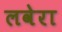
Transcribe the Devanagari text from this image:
लवेरा